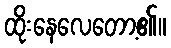
ထိုးနေလေတော့၏။